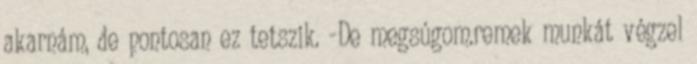
akarnám, de pontosan ez tetszik. -De megsúgom.remek munkát végzel